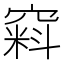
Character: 窲